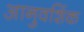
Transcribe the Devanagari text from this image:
आनुवशिंक